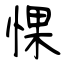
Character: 惈